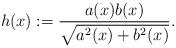
LaTeX: \begin{align*}h (x) := \frac{a(x) b (x)}{\sqrt{a^2 (x)+b^2 (x)}}.\end{align*}